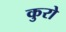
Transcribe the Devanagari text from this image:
कुरो